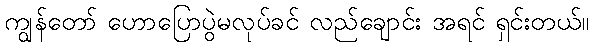
ကျွန်တော် ဟောပြောပွဲမလုပ်ခင် လည်ချောင်း အရင် ရှင်းတယ်။